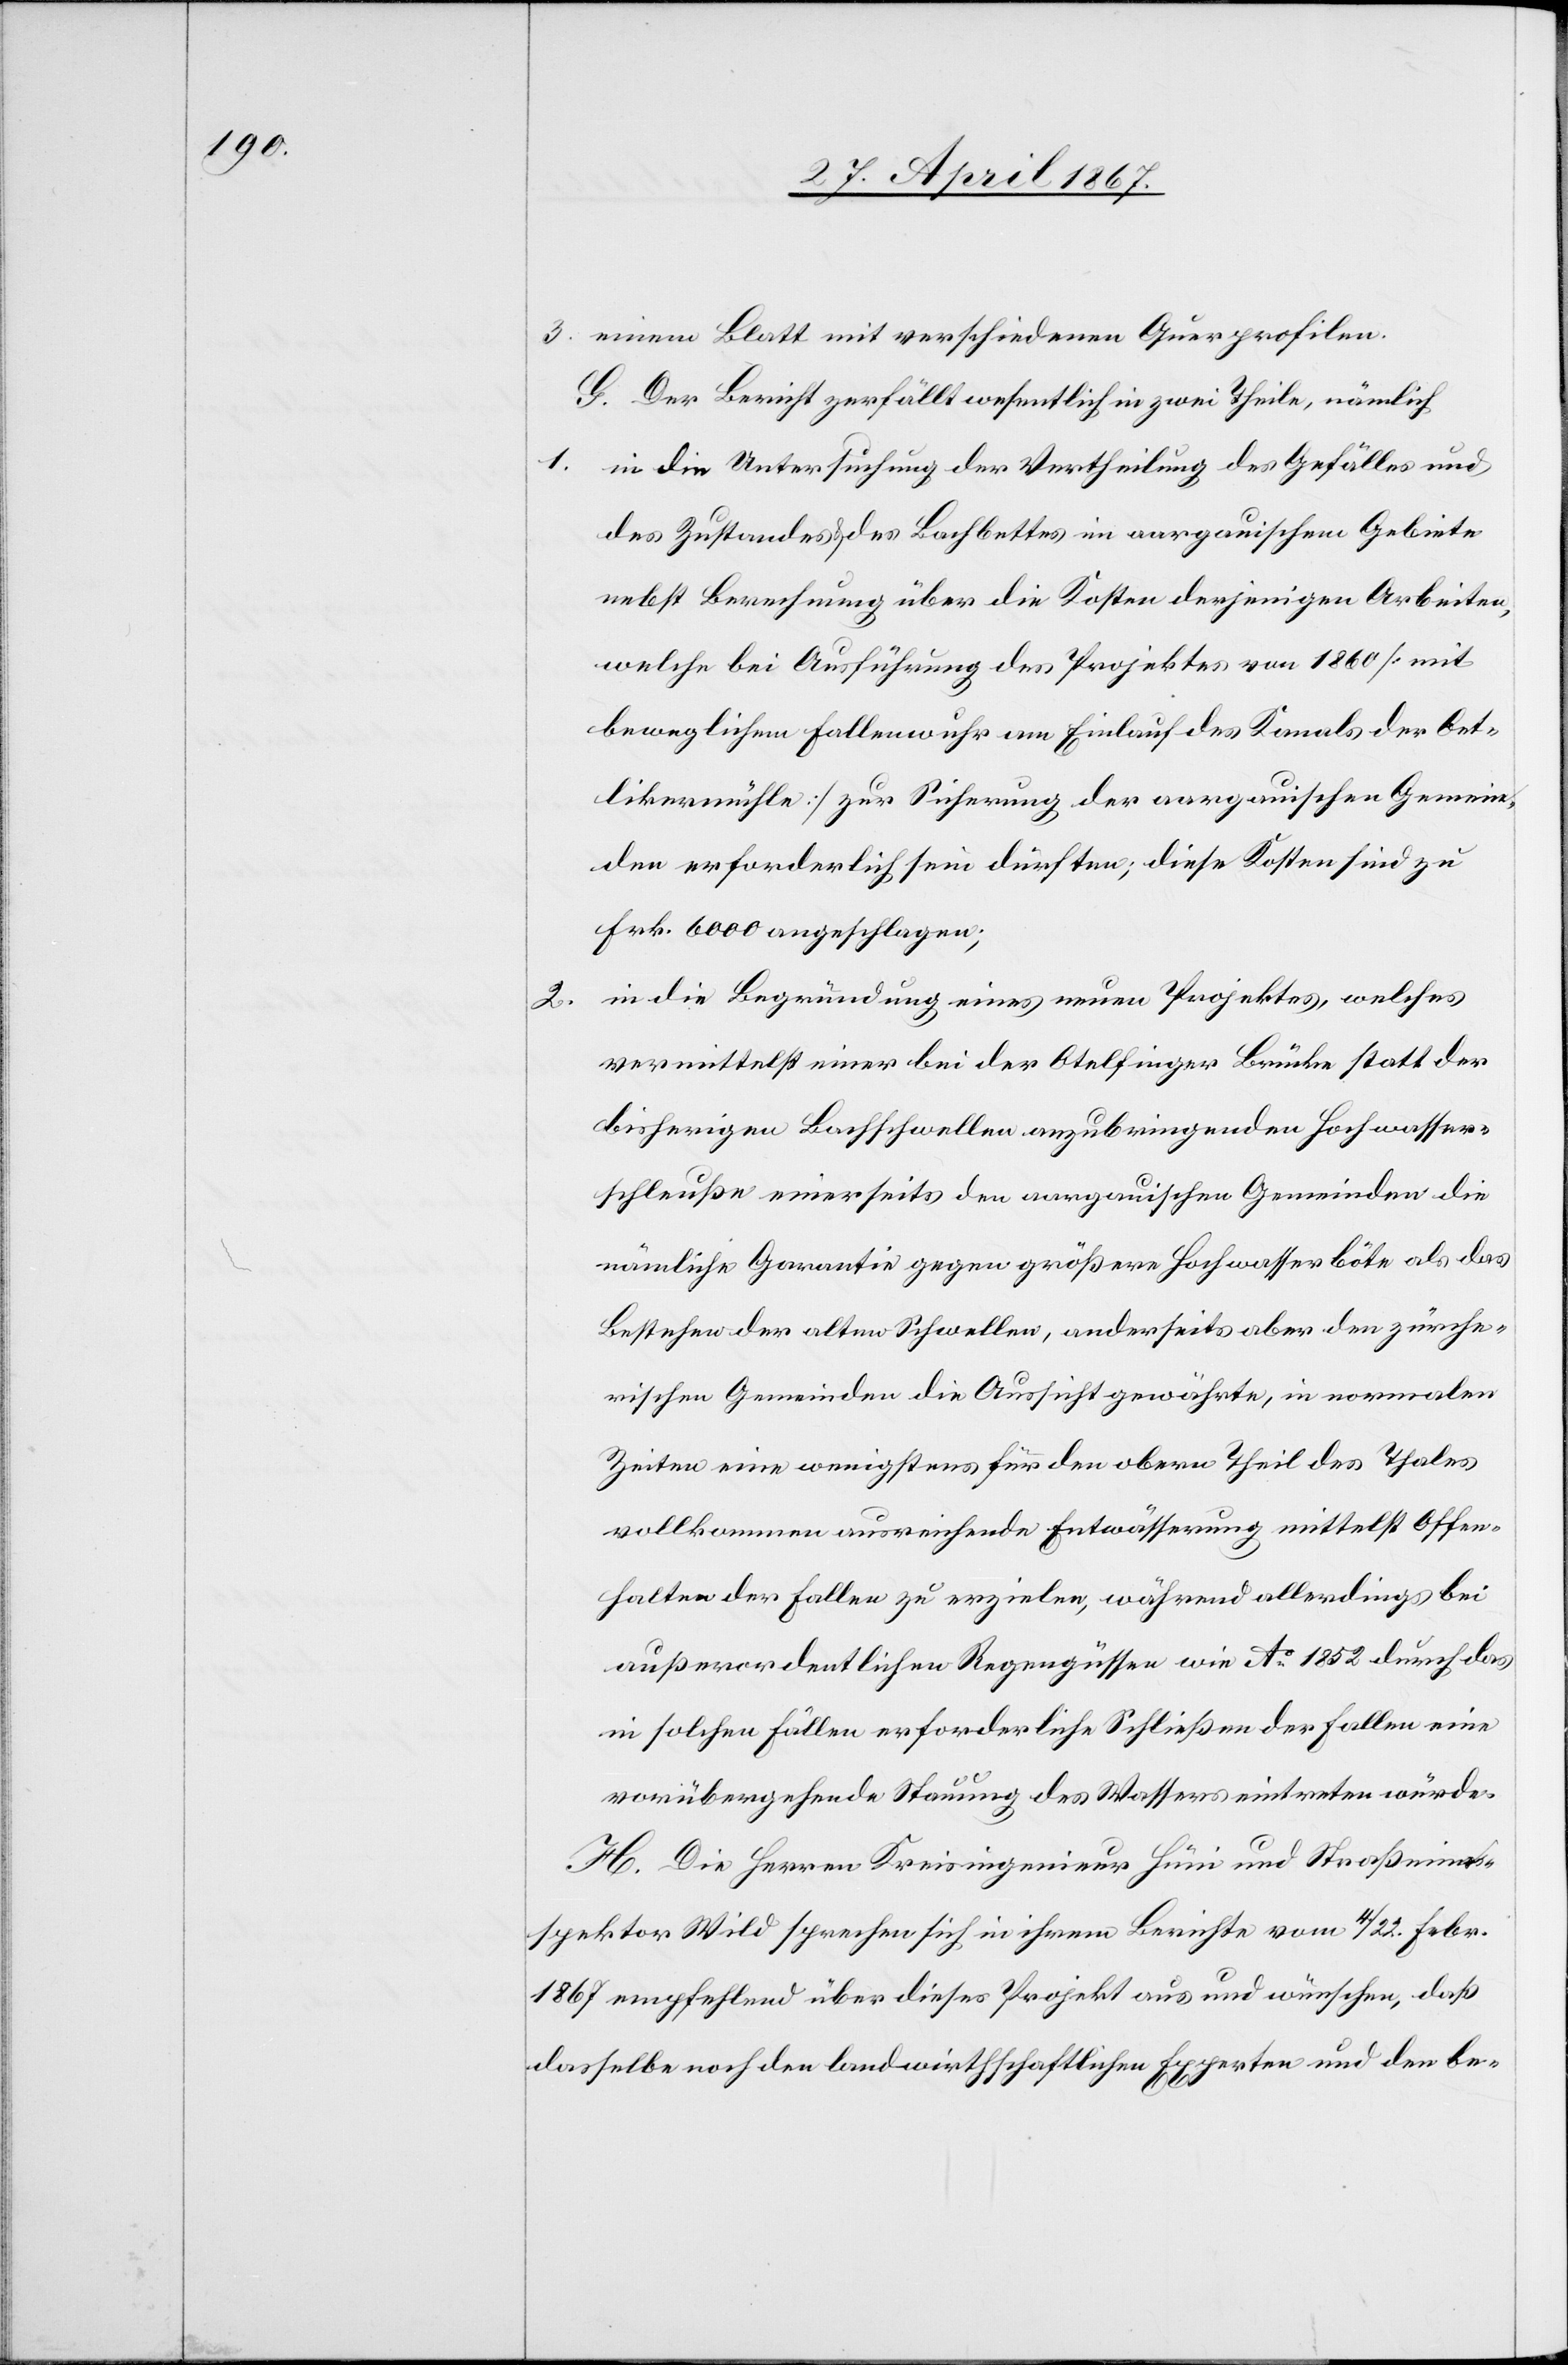
3. einem Blatt mit verschiedenen Querprofilen.
G. Der Bericht zerfällt wesentlich in zwei Theile, nämlich
1.	in die Untersuchung der Vertheilung der Gefälle und
des Zustandes des Bachbettes in aargauischem Gebiete
nebst Berechnung über die Kosten derjenigen Arbeiten,
welche bei Ausführung des Projektes von 1860 [mit
beweglichem Fallenwuhr am Einlauf des Kanals der Oet¬
likermühle] zur Sicherung der aargauischen Gemein¬
den erforderlich sein dürften; diese Kosten sind zu
Frk. 6000 angeschlagen;
2.	in die Begründung eines neuen Projektes, welches
vermittelst einer bei der Otelfinger Brücke statt der
bisherigen Bachschwellen anzubringenden Hochwasser¬
schleuße einerseits den aargauischen Gemeinden die
nämliche Garantie gegen größere Hochwasser böte als das
Bestehen der alten Schwellen, anderseits aber den zürche¬
rischen Gemeinden die Aussicht gewährte, in normalen
Zeiten eine wenigstens für den obern Theil des Thales
vollkommen ausreichende Entwässerung mittelst Offen¬
halten der Fallen zu erzielen, während allerdings bei
außerordentlichen Regengüssen wie Ao. 1852 durch das
in solchen Fällen erforderliche Schließen der Fallen eine
vorübergehende Störung des Wassers eintreten würde.
H. Die Herren Kreisingenieur Hüni und Straßenin¬
spektor Wild sprechen sich in ihrem Berichte vom 4. / 22. Febr.
1867 empfehlend über dieses Projekt aus und wünschen, daß
dasselbe noch den landwirthschaftlichen Experten und den be-